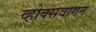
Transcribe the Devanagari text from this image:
व्होक्सवागन